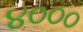
૪૦૦૦